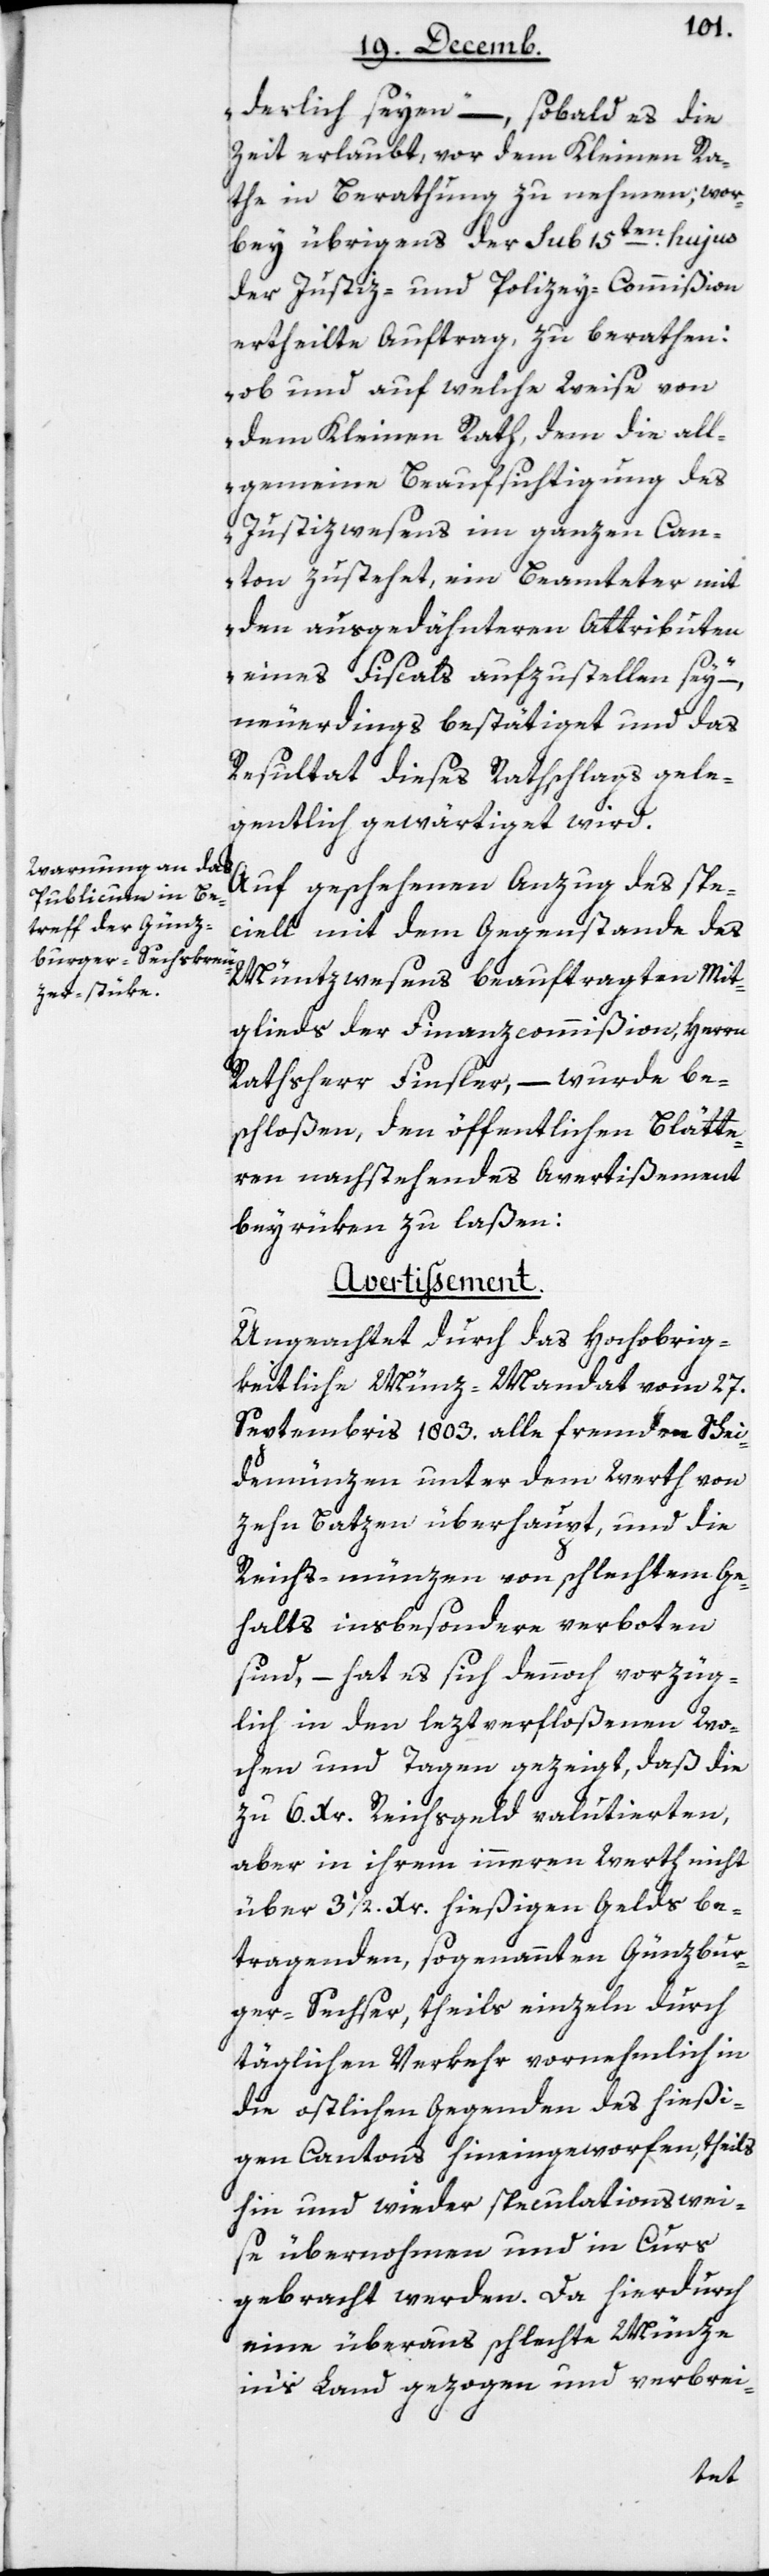
derlich seyen“, – sobald es die
Zeit erlaubt, vor dem Kleinen Ra¬
the in Berathung zu nehmen, wor¬
bey übrigens der Sub 15ten hujus
der Justiz- und Polizey-Commißion
ertheilte Auftrag, zu berathen:
„ob und auf welche Weise von
dem Kleinen Rath, dem die all¬
gemeine Beaufsichtigung des
Justizwesens im ganzen Can¬
ton zustehet, ein Beamteter mit
den ausgedähnteren Attributen
eines Fiscals aufzustellen sey“, –
neuerdings bestätiget und das
Resultat dieses Rathschlags gele¬
gentlich gewärtiget wird.
Auf geschehenen Anzug des spe¬
ciell mit dem Gegenstande des
Münzwesens beauftragten Mit¬
glieds der Finanzcommißion, Herrn
Rathsherr Finsler, – wurde be¬
schloßen, den öffentlichen Blätte¬
ren nachstehendes Avertißement
beyrüken zu laßen:
Avertissement.
Ungeachtet durch das hochobrig¬
keitliche Münzmandat vom 27
Septembris 1803 alle fremden Schei¬
demünzen unter dem Werth von
zehn Batzen überhaupt, und die
Reichs-münzen von schlechtem Ge¬
halts insbesondere verboten
sind, – hat es sich dennoch vorzüg¬
lich in den letztverfloßenen Wo¬
chen und Tagen gezeigt, daß die
zu 6 Xr. Reichsgeld valutierten,
aber in ihrem inneren Wert nicht
über 3 1/2 Xr. hießigen Gelds be¬
tragenden, sogenannten Günzbur¬
ger-Sechser, theils einzeln durch
täglichen Verkehr vornehmlich in
die östlichen Gegenden des hießi¬
gen Cantons hineingeworfen, theils
hin und wieder speculationswei¬
se übernohmen und in Curs
gebracht werden. Da hierdurch
eine überaus schlechte Münze
in’s Land gezogen und verbrei-